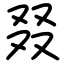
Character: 叕